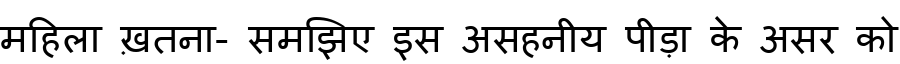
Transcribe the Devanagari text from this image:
महिला ख़तना- समझिए इस असहनीय पीड़ा के असर को